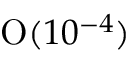
\mathrm { O } ( 1 0 ^ { - 4 } )